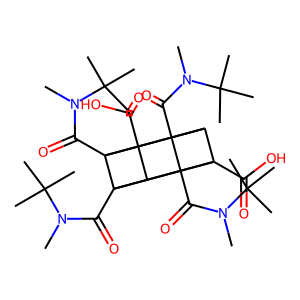
SMILES: CN(C(=O)C12C3C4(C(=O)O)C1(C(=O)N(C)C(C)(C)C)C1C2(C(=O)O)C3(C(=O)N(C)C(C)(C)C)C14C(=O)N(C)C(C)(C)C)C(C)(C)C
Inhibits HIV replication: No